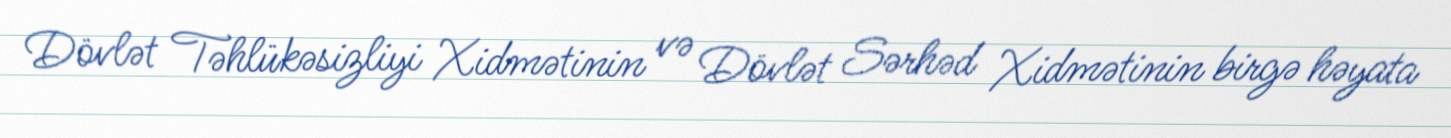
Dövlət Təhlükəsizliyi Xidmətinin və Dövlət Sərhəd Xidmətinin birgə həyata